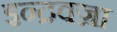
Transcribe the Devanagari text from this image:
इन्द्रवज्रा